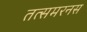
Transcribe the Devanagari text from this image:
तत्समरनस